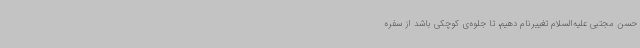
حسن مجتبی علیه‌السلام تغییرنام دهیم، تا جلوه‌ی کوچکی باشد از سفره‌